Civil Veterinary Department. United Provinces 1912-22 - 1912-1922
Year: 1912
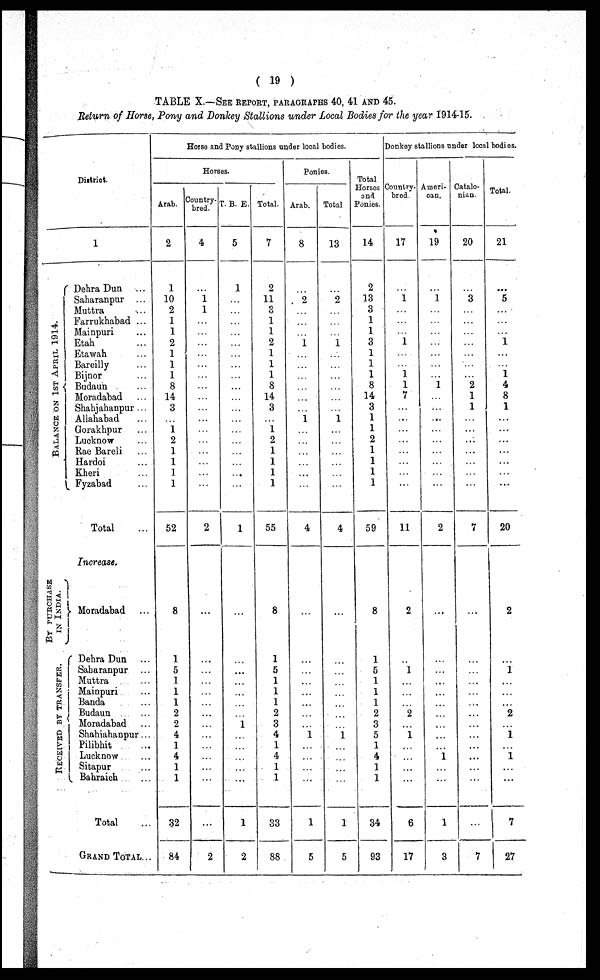
( 19 )
TABLE X.—SEE REPORT, PARAGRAPHS 40, 41 AND 45.
Return of Horse, Pony and Donkey Stallions under Local Bodies for the year 1914-15.
District.
1
BALANCE ON 1ST APRIL 1914.
BY PURCHASED
IN INDIA.
RECEIVED BY TRANSFER
Dehra Dun ...
Saharanpur ...
Muttra …
Farrukhabad ...
Mainpuri ...
Etah ...
Etawah ...
Bareilly ....
Bijnor ...
Budaun ...
Moradabad ...
Shahjahanpur ...
Allahabad …
Gorakhpur ...
Lucknow ...
Rae Bareli ...
Hardoi ...
Kheri ...
Fyzabad ...
Total …
Increase.
Moradabad ...
Dehra Dun ...
Saharanpur ...
Muttra ...
Mainpuri ...
Banda ....
Budaun ...
Moradabad
Shahiahanpur ...
Pilibhit ...
Lucknow ...
Sitapur ...
Bahraich ...
Total …
GRAND TOTAL...
Horse and Pony stallions under local bodies.
Horses.
Arab.
2
1
10
2
1
1
2
1
1
1
8
14
3
…
1
2
1
1
1
1
52
8
1
5
1
1
1
2
2
4
1
4
1
1
32
84
Country-
bred.
4
…
1
1
…
…
…
…
…
…
…
…
…
…
…
…
…
…
…
…
2
…
…
…
…
…
…
…
…
…
…
…
…
…
…
2
T. B. E.
5
1
…
…
…
…
…
…
…
…
…
…
…
…
…
…
…
…
...
…
1
…
…
...
…
…
…
…
1
…
…
…
…
…
1
2
Total.
7
2
11
3
1
1
2
1
1
1
8
14
3
…
1
2
1
1
1
1
55
8
1
5
1
1
1
2
3
4
1
4
1
1
33
88
Ponies.
Arab.
8
…
2
…
…
…
1
…
…
…
…
…
…
1
…
…
…
…
…
…
4
…
…
…
…
…
…
…
…
1
…
…
…
…
1
5
Total
13
…
2
…
…
...
1
...
...
…
…
…
…
1
…
...
…
…
…
…
4
…
…
…
…
…
…
…
…
1
…
…
…
…
1
5
Total
Horses
and
Ponies.
14
2
13
3
1
1
3
1
1
1
8
14
3
1
1
2
1
1
1
1
59
8
1
5
1
1
1
2
3
5
1
4
1
1
34
93
Donkey stallions under local bodies.
Country-
bred
17
…
1
…
…
…
1
…
…
1
1
7
…
...
…
…
…
…
…
…
11
2
…
1
…
…
…
2
…
1
…
…
…
…
6
17
Ameri-
can.
19
…
1
…
…
…
…
…
…
…
1
…
…
...
…
…
…
…
…
...
2
…
…
...
…
…
…
…
…
…
…
1
…
…
1
3
Catalo-
nian.
20
…
3
…
…
…
…
…
…
…
2
1
1
…
…
…
…
…
…
7
…
…
…
…
…
…
…
…
…
…
…
7
Total.
21
…
5
…
…
…
1
…
…
1
4
8
1
…
…
…
…
…
…
…
20
2
…
1
…
…
…
2
…
1
…
1
…
…
7
27